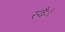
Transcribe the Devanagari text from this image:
स्वैः।